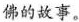
佛的故事。